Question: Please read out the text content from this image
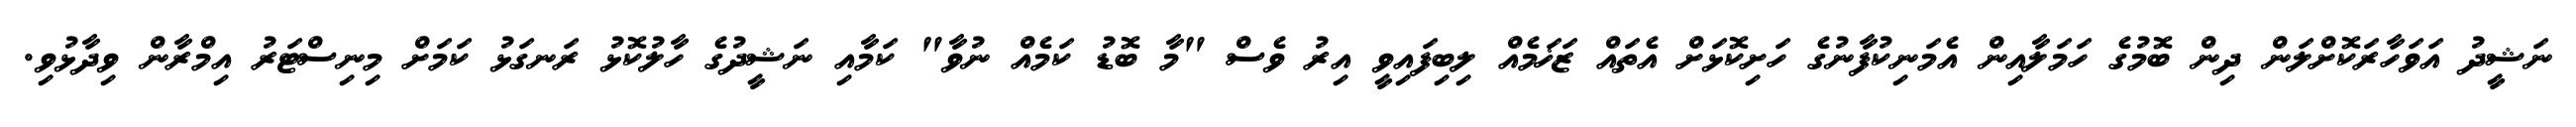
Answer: ނަޝީދު އަވަހާރަކޮށްލަން ދިން ބޮމުގެ ހަމަލާއިން އެމަނިކުފާނުގެ ހަށިކޮޅަށް އެތައް ޒަޚަމެއް ލިބިފައިވީ އިރު ވެސް "މާ ބޮޑު ކަމެއް ނުވާ" ކަމާއި ނަޝީދުގެ ހާލުކޮޅު ރަނގަޅު ކަމަށް މިނިސްޓަރު އިމްރާން ވިދާޅުވި.